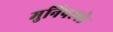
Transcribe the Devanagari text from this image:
मुनिपल्ले